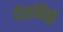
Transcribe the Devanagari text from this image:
दोराबिड्डा